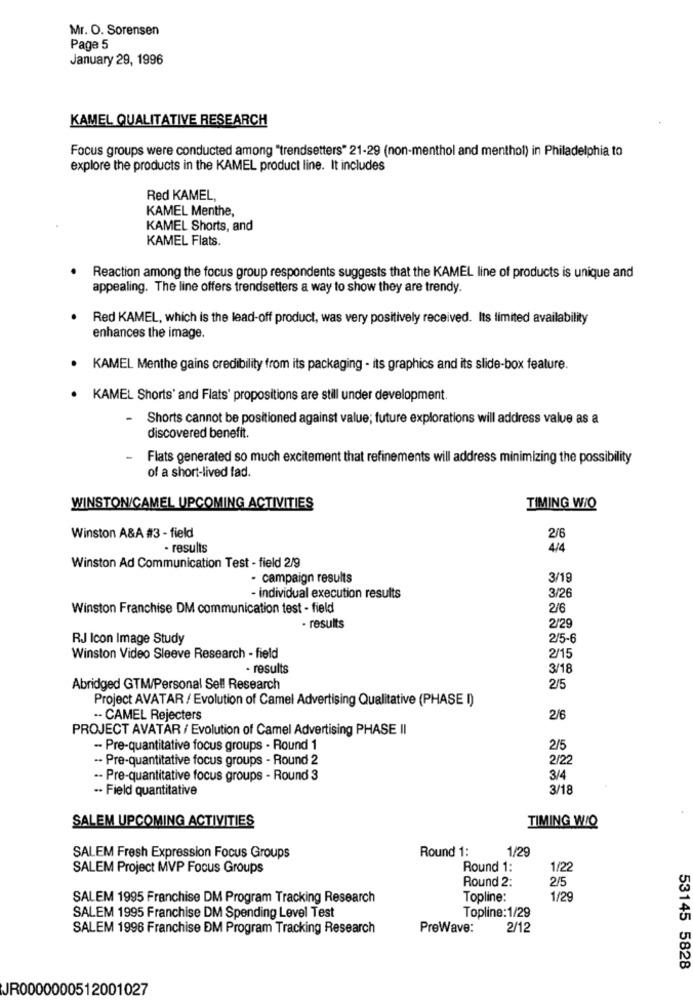
Mr. O. Sorensen
Page 5
January 29, 1996
KAMEL QUALITATIVE RESEARCH
Focus groups were conducted among "trendsetters" 21-29 (non-menthol and menthol) in Philadelphia to
explore the products in the KAMEL product line. It includes
Red KAMEL,
KAMEL Menthe,
KAMEL Shorts, and
KAMEL Flats.
Reaction among the focus group respondents suggests that the KAMEL line of products is unique and
appealing. The line offers trendsetters a way to show they are trendy.
Red KAMEL, which is the lead-off product, was very positively received. Its limited availability
enhances the image.
KAMEL Menthe gains credibility from its packaging - its graphics and its slide-box feature.
KAMEL Shorts' and Flats' propositions are still under development.
-
Shorts cannot be positioned against value; future explorations will address value as a
discovered benefit.
Flats generated so much excitement that refinements will address minimizing the possibility
of a short-lived fad.
WINSTON/CAMEL UPCOMING ACTIVITIES
TIMING WIQ
Winston A&A #3 - field
2/6
- results
4/4
Winston Ad Communication Test - field 2/9
- campaign results
3/19
3/26
- individual execution results
Winston Franchise DM communication test - field
2/6
2/29
- results
RJ Icon Image Study
2/5-6
Winston Video Sleeve Research - field
2/15
- results
3/18
Abridged GTM/Personal Sell Research
2/5
Project AVATAR / Evolution of Camel Advertising Qualitative (PHASE I)
-- CAMEL Rejecters
2/6
PROJECT AVATAR / Evolution of Camel Advertising PHASE II
- Pre-quantitative focus groups - Round 1
2/5
-. Pre-quantitative focus groups - Round 2
2/22
-- Pre-quantitative focus groups - Round 3
3/4
.. Field quantitative
3/18
SALEM UPCOMING ACTIVITIES
TIMING WIQ
Round 1:
1/29
SALEM Fresh Expression Focus Groups
SALEM Project MVP Focus Groups
Round 1:
1/22
Round 2:
2/5
SALEM 1995 Franchise DM Program Tracking Research
Topline:
1/29
Topline:1/29
SALEM 1995 Franchise DM Spending Level Test
SALEM 1996 Franchise DM Program Tracking Research
PreWave:
2/12
53145 5828
JR0000000512001027